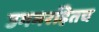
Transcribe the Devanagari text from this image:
उगमरहितच